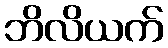
ဘိလိယက်